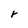
Character: r